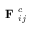
\textbf { F } _ { i j } ^ { c }